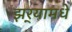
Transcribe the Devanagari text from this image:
झर्‍यामधे